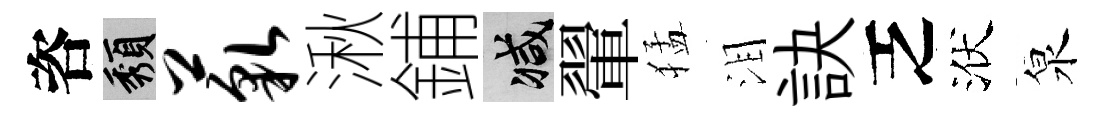
咨頽藐湫鋪减翬猛泪訣乏洑泉